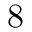
8